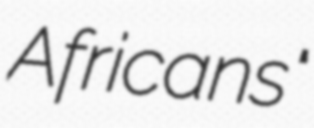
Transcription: Africans"